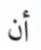
أن